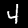
Digit: 4